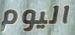
اليوم